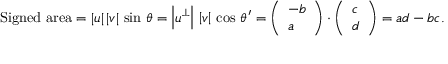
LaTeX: { \mathrm { S i g n e d ~ a r e a } } = | { \boldsymbol { u } } | \, | { \boldsymbol { v } } | \, \sin \, \theta = \left| { \boldsymbol { u } } ^ { \perp } \right| \, \left| { \boldsymbol { v } } \right| \, \cos \, \theta ^ { \prime } = { \left( \begin{array} { l } { - b } \\ { a } \end{array} \right) } \cdot { \left( \begin{array} { l } { c } \\ { d } \end{array} \right) } = a d - b c .